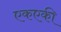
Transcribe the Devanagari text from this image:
एकएकी